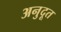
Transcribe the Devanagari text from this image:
अनुदूत